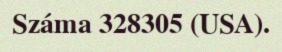
Száma 328305 (USA).